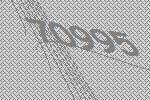
70995